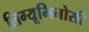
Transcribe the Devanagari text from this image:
लिग्यूमिनोसी